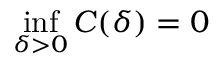
\operatorname* { i n f } _ { \delta > 0 } C ( \delta ) = 0